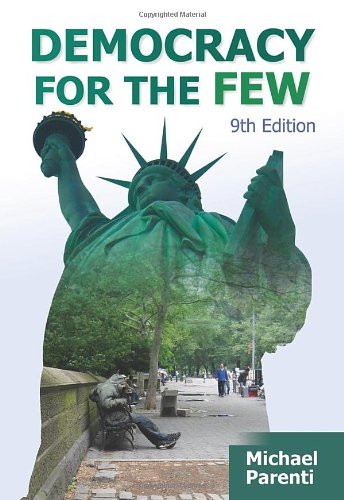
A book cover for Democracy for the Few; Michael Parenti; Politics & Social Sciences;